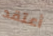
أعتقد